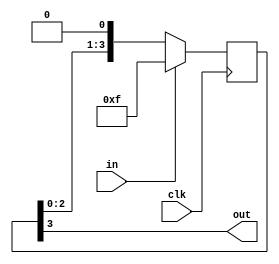
/*
   Parameters:
     STAGES = 4
*/
module reset_conditioner (
    input clk,        // Clock input
    input in,         // Asynchronous reset input
    output reg out    // Synchronous reset output
);

    // Local parameter for the number of stages in the shift register
    localparam STAGES = 3'h4;

    // Register to hold the shift register stages
    reg [3:0] M_stage_d, M_stage_q = 4'hf;  // Initialize with all 1's (reset condition)

    // Combinational logic
    always @* begin
        M_stage_d = M_stage_q;  // Default assignment to prevent latches
        
        // Shift register logic
        // Shift the stages to the right, introducing a 0 at the MSB
        M_stage_d = {M_stage_q[0+2-:3], 1'h0};
        
        // Output the MSB of the shift register
        out = M_stage_q[3+0-:1];
    end

    // Sequential logic
    always @(posedge clk) begin
        if (in == 1'b1) begin
            // If the asynchronous reset input is high, reset all stages to 1
            M_stage_q <= 4'hf;
        end else begin
            // Otherwise, update the stages with the shifted value
            M_stage_q <= M_stage_d;
        end
    end

endmodule